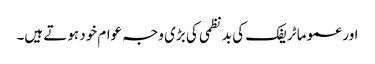
اور عموما ٹریفک کی بد نظمی کی بڑی وجہ عوام خود ہوتے ہیں۔